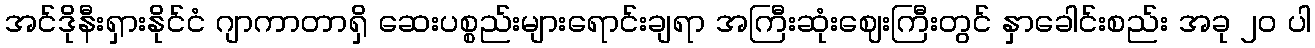
အင်ဒိုနီးရှားနိုင်ငံ ဂျာကာတာရှိ ဆေးပစ္စည်းများရောင်းချရာ အကြီးဆုံးဈေးကြီးတွင် နှာခေါင်းစည်း အခု ၂၀ ပါ